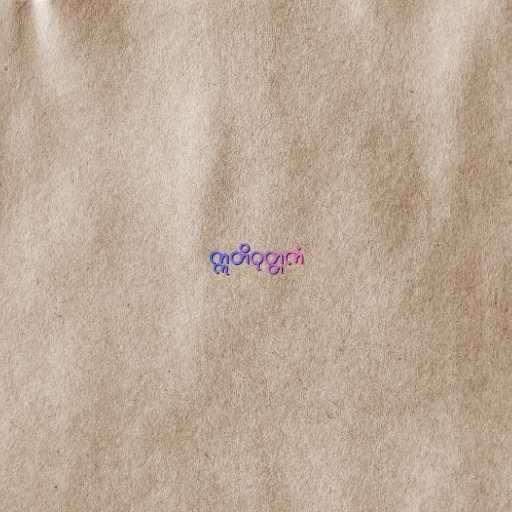
ဣတိဝုတ္တကံ